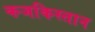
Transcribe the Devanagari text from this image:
कजकिस्तान